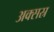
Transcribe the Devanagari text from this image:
अक्सस्र